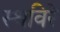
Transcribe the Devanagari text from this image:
स्थविरे